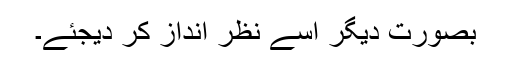
بصورت دیگر اسے نظر انداز کر دیجئے۔